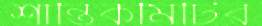
শান্তিকমিটির